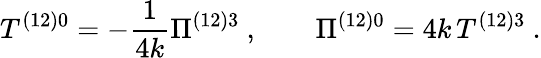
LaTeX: T^{\left(12\right)0}=-\frac{1}{4k}\Pi^{\left(12\right)3}\ ,\qquad\Pi^{(12)0}=4k\, T^{(12)3}\ .